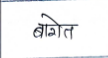
मजकूर: बागेत